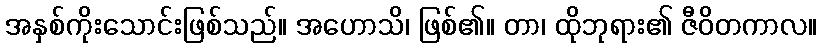
အနှစ်ကိုးသောင်းဖြစ်သည်။ အဟောသိ၊ ဖြစ်၏။ တာ၊ ထိုဘုရား၏ ဇီဝိတကာလ။